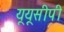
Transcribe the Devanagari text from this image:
यूयूसीपी